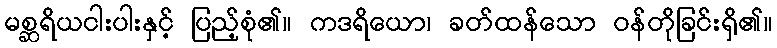
မစ္ဆရိယငါးပါးနှင့် ပြည့်စုံ၏။ ကဒရိယော၊ ခတ်ထန်သော ဝန်တိုခြင်းရှိ၏။